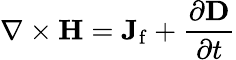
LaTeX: \nabla\times\mathbf{H}=\mathbf{J}_{\mathrm{f}}+{\frac{\partial\mathbf{D}}{\partial t}}